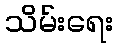
သိမ်းရေး